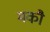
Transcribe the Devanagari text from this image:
मकौ